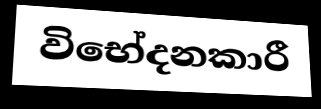
විභේදනකාරී